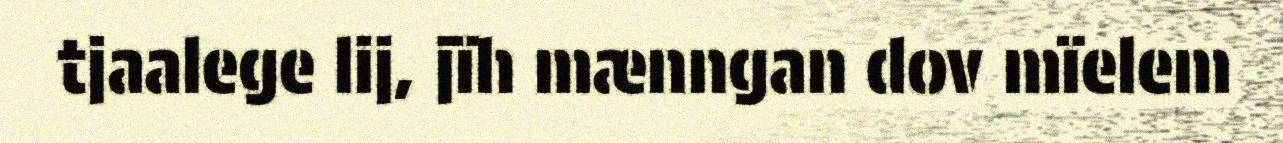
tjaalege lij, jïh mænngan dov mïelem